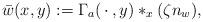
LaTeX: \begin{align*}\bar w(x, y) := \Gamma_a(\,\cdot\,, y) *_x (\zeta n_w),\end{align*}